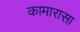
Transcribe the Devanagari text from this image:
कामारासा